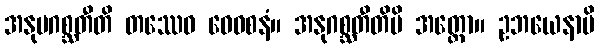
အနုပဂစ္ဆတီတိ တဿေဝ ဝေဝစနံ။ အနုဂစ္ဆတီတိပိ အတ္ထော။ ဥဘယေနာပိ